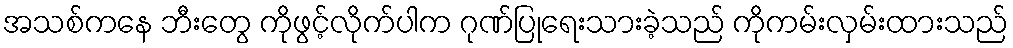
အသစ်ကနေ ဘီးတွေ ကိုဖွင့်လိုက်ပါက ဂုဏ်ပြုရေးသားခဲ့သည် ကိုကမ်းလှမ်းထားသည်